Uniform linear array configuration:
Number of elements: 8
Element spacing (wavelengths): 1
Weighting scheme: hann
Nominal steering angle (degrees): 15
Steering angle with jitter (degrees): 16.293
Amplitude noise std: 0.05
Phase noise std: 0.05

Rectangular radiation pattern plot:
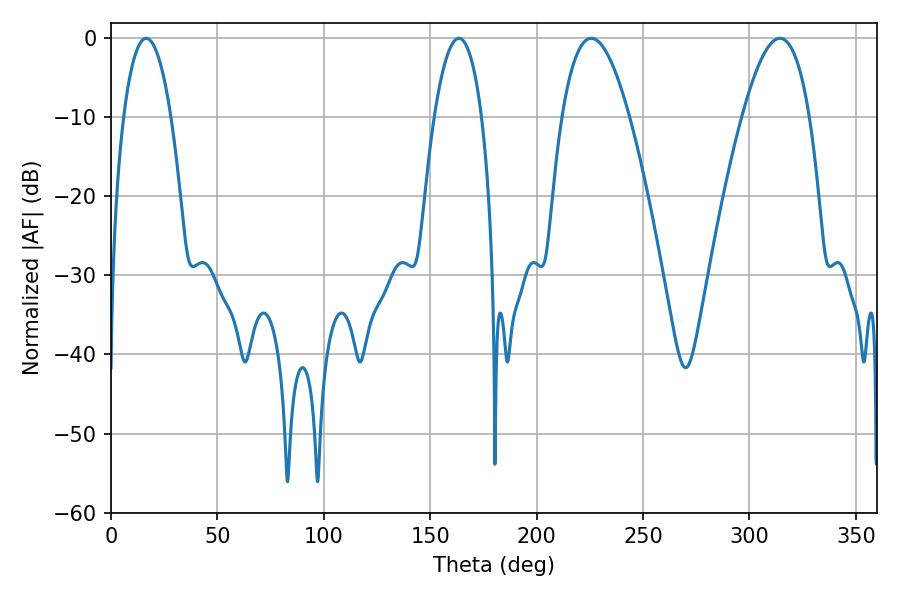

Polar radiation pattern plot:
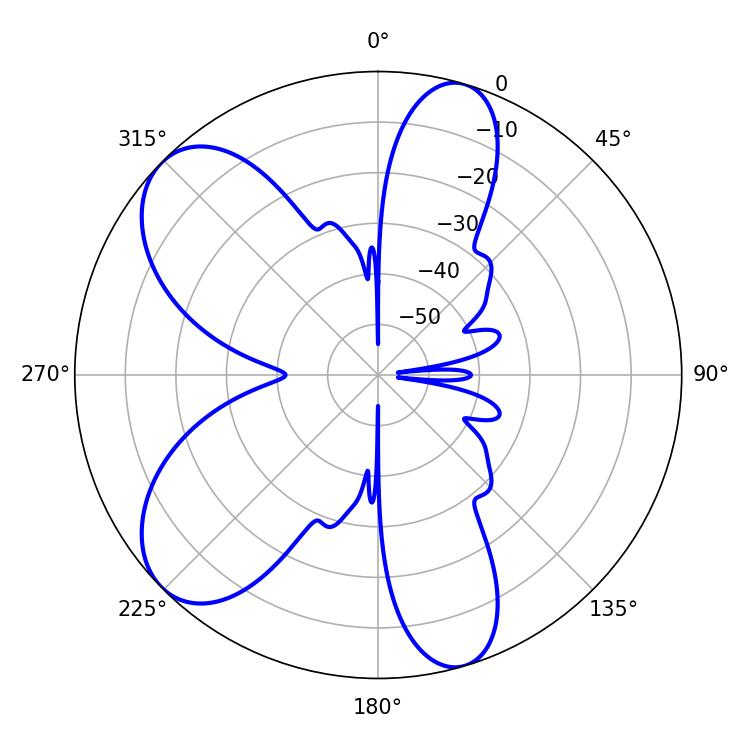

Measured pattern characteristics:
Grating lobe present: TRUE
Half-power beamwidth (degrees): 12.42
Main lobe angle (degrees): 16.56